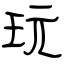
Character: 玩